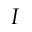
I